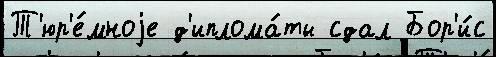
Т'юр'е́мноjе д'иплома́ты сдал Бор'и́с